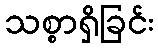
သစ္စာရှိခြင်း